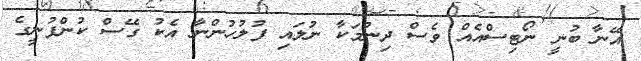
އޭނާ ބުނީ ނޯޓިސްއެއް ވެސް ދިނުމަކާ ނުލައި ފުލުހުންނާ އެކު ގޭސް ކުންފުނީގެ